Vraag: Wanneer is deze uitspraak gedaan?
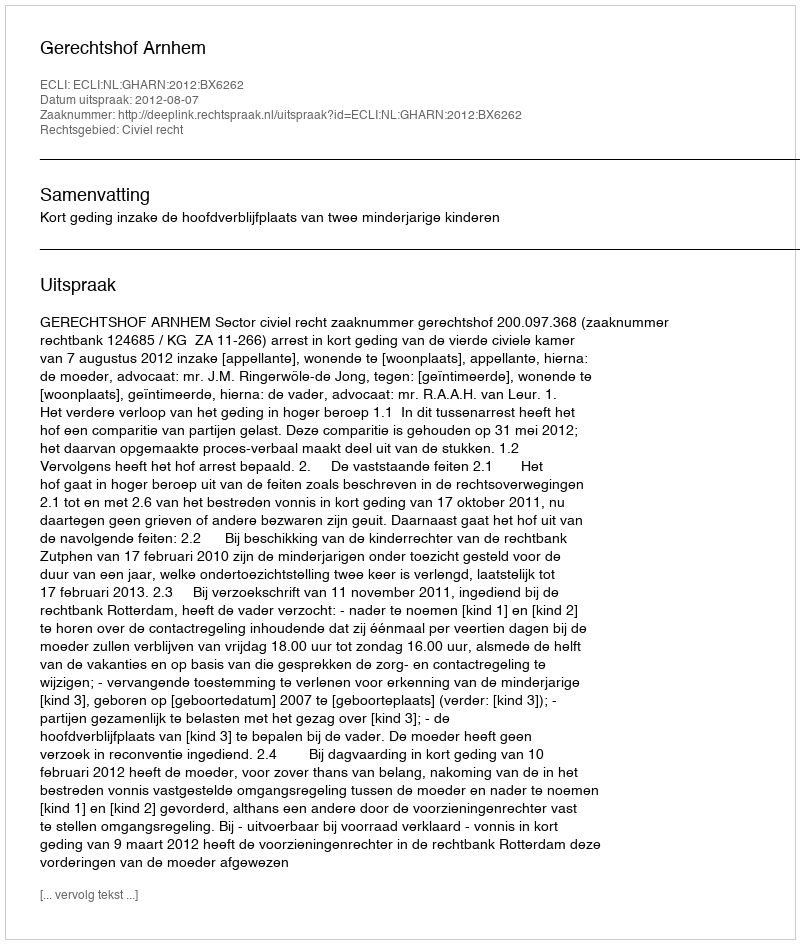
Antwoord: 2012-08-07